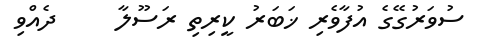
ސުވަރުގޭގެ އުފާވެރި ޚަބަރު ކީރިތި ރަސޫލާ     ދެއްވި